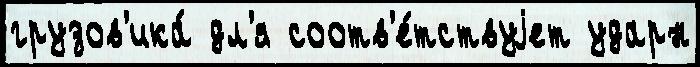
грузов'ика́ дл'я соотв'е́тствуjет ударн